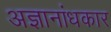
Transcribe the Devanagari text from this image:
अज्ञानांधकार